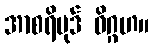
အာစရိပုဒ် ဝိဂ္ဂဟ။